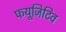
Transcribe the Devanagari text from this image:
फयूजिटिव